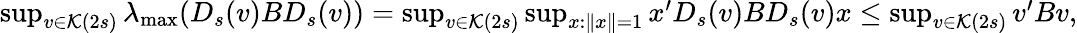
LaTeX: \begin{array}{r}{\operatorname*{sup}_{v\in\mathcal{K}(2s)}\lambda_{\operatorname*{max}}(D_{s}(v)BD_{s}(v))=\operatorname*{sup}_{v\in\mathcal{K}(2s)}\operatorname*{sup}_{x:\| x\| =1}x^{\prime}D_{s}(v)BD_{s}(v)x\leq\operatorname*{sup}_{v\in\mathcal{K}(2s)}v^{\prime}Bv,}\end{array}